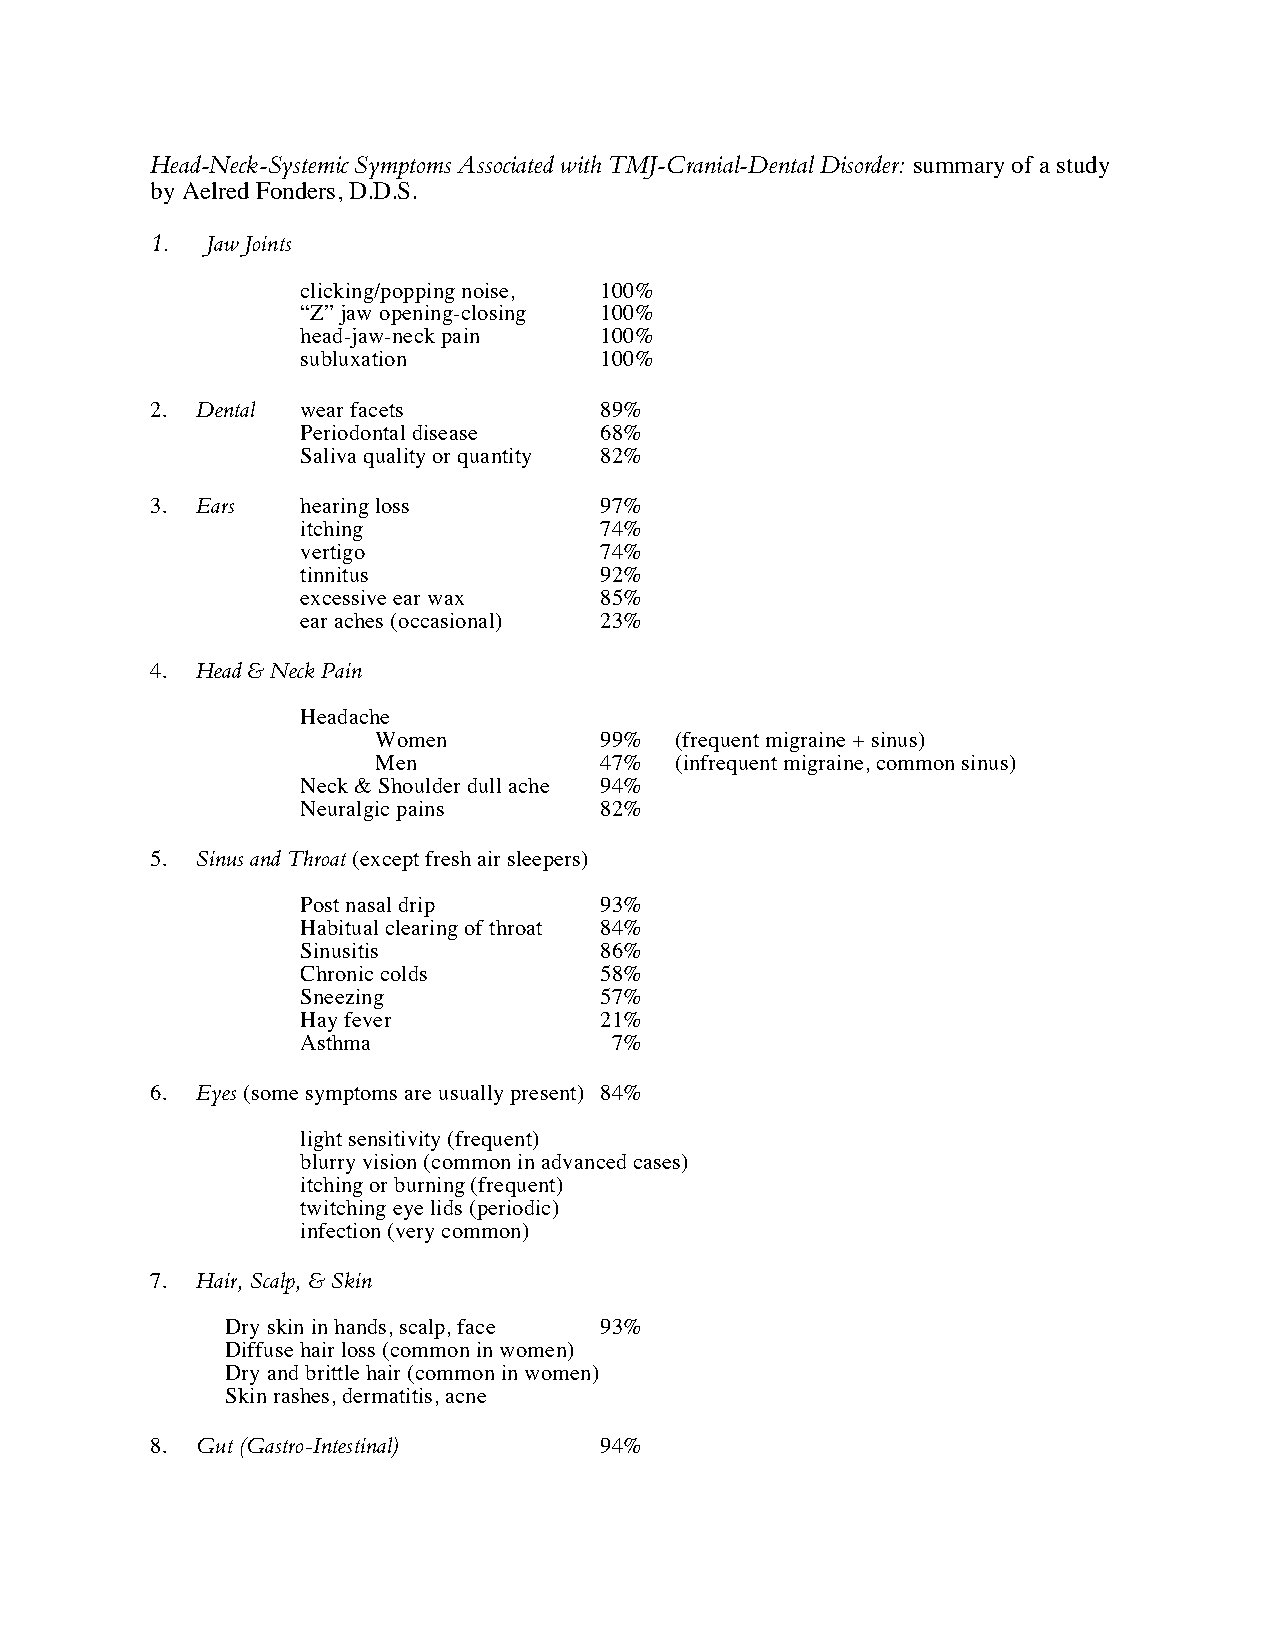
Head-Neck-Systemic Symptoms Associated with TMJ-Cranial-Dental Disorder: summary of a study
 by Aelred Fonders, D.D.S.
 1.  Jaw Joints
 clicking/popping noise, 100%
 “Z” jaw opening-closing 100%
 head-jaw-neck pain  100%
 subluxation         100%
 2. Dental wear facets         89%
 Periodontal disease 68%
 Saliva quality or quantity 82%
 3. Ears   hearing loss        97%
 itching             74%
 vertigo             74%
 tinnitus            92%
 excessive ear wax   85%
 ear aches (occasional) 23%
 4. Head & Neck Pain
 Headache
 Women          99%  (frequent migraine + sinus)
 Men            47%  (infrequent migraine, common sinus)
 Neck & Shoulder dull ache 94%
 Neuralgic pains     82%
 5. Sinus and Throat (except fresh air sleepers)
 Post nasal drip     93%
 Habitual clearing of throat 84%
 Sinusitis           86%
 Chronic colds       58%
 Sneezing            57%
 Hay fever           21%
 Asthma              7%
 6. Eyes (some symptoms are usually present) 84%
 light sensitivity (frequent)
 blurry vision (common in advanced cases)
 itching or burning (frequent)
 twitching eye lids (periodic)
 infection (very common)
 7. Hair, Scalp, & Skin
 Dry skin in hands, scalp, face 93%
 Diffuse hair loss (common in women)
 Dry and brittle hair (common in women)
 Skin rashes, dermatitis, acne
 8. Gut (Gastro-Intestinal)    94%